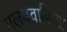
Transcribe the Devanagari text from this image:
मलयवासियों